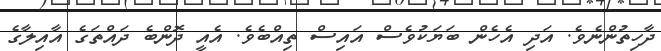
ދާހިތުންނެވެ. އަދި އެހެން ބަޔަކުވެސް އައިސް ތިއްބެވެ. އެއީ ދޮންބެ ދައްތަގެ އާއިލާގެ